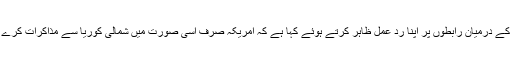
امریکی صدر ڈونلڈ ٹرمپ نے جنوبی کوریا اور شمالی کوریا کے درمیان رابطوں پر اپنا رد عمل ظاہر کرتے ہوئے کہا ہے کہ امریکہ صرف اسی صورت میں شمالی کوریا سے مذاکرات کرے گا جب شمالی کوریا اپنے جوہری ہتھیاروں کو ترک کر دے۔